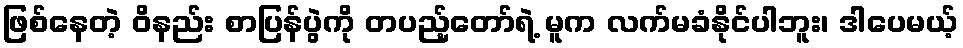
ဖြစ်နေတဲ့ ဝိနည်း စာပြန်ပွဲကို တပည့်တော်ရဲ့ မူက လက်မခံနိုင်ပါဘူး၊ ဒါပေမယ့်